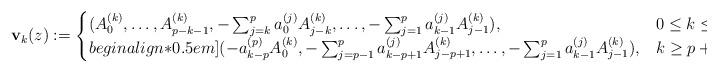
LaTeX: \begin{align*}\mathbf{v}_{k}(z):=\begin{cases}(A_{0}^{(k)},\ldots,A_{p-k-1}^{(k)},-\sum_{j=k}^{p} a_{0}^{(j)}A_{j-k}^{(k)},\ldots,-\sum_{j=1}^{p} a_{k-1}^{(j)} A_{j-1}^{(k)}), & 0\leq k\leq p,\\begin{align*}0.5em](-a_{k-p}^{(p)} A_{0}^{(k)},-\sum_{j=p-1}^{p} a_{k-p+1}^{(j)} A_{j-p+1}^{(k)},\ldots,-\sum_{j=1}^{p} a_{k-1}^{(j)} A_{j-1}^{(k)}), & k\geq p+1,\end{cases}\end{align*}